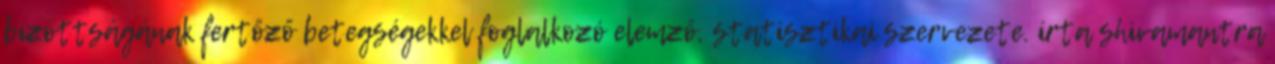
bizottságának fertőző betegségekkel foglalkozó elemző, statisztikai szervezete. írta shivamantra